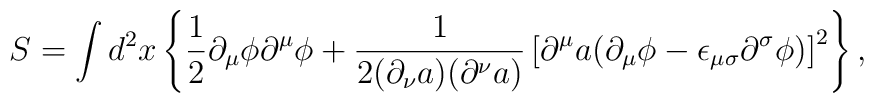
S=\int d^{2}x\left\{{\frac 1 2}{\partial}_{\mu}{\phi}{\partial}^{\mu}{\phi}+\frac{1}{2({\partial}_{\nu}a)({\partial}^{\nu}a)}\left[{\partial}^{\mu}a({\partial}_{\mu}{\phi}-{\epsilon}_{{\mu}{\sigma}}{\partial}^{\sigma}{\phi})\right]^2\right\},